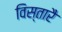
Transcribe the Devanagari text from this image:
विस्तारै